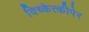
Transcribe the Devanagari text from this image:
विच्केत्कीपेर